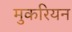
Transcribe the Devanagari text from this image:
मुकरियन